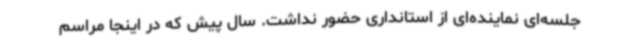
جلسه‌ای نماینده‌ای از استانداری حضور نداشت. سال پیش که در اینجا مراسم